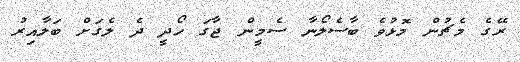
ރޭގެ މެޗުން މޮޅުވެ ބާސެލޯނާ ސެމީން ޖާގަ ހޯދީ ދެ ލެގަށް ބަލާއިރު